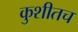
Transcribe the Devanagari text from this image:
कुशीतच